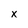
Character: x